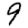
Digit: 9